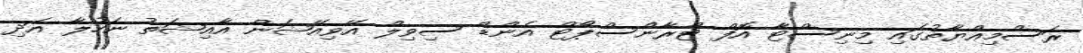
ރަސްމިއްޔާތުގައި މިނިސްޓާ އޮފް ޓްރާންސްޕޯޓް އެންޑް ސިވިލް އޭވިއޭޝަން އާއިޝަތު ނަހުލާ އަދި